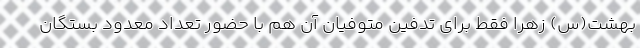
بهشت(س) زهرا فقط برای تدفین متوفیان آن هم با حضور تعداد معدود بستگان